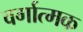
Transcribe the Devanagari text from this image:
वर्गात्मक